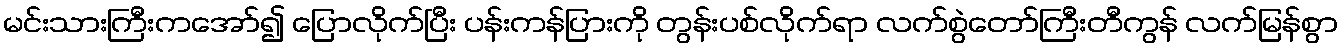
မင်းသားကြီးကအော်၍ ပြောလိုက်ပြီး ပန်းကန်ပြားကို တွန်းပစ်လိုက်ရာ လက်စွဲတော်ကြီးတီကွန် လက်မြန်စွာ